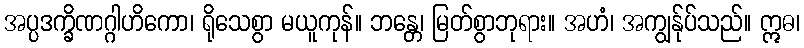
အပ္ပဒက္ခိဏဂ္ဂါဟိကော၊ ရိုသေစွာ မယူကုန်။ ဘန္တေ၊ မြတ်စွာဘုရား။ အဟံ၊ အကျွန်ုပ်သည်။ ဣဓ၊